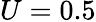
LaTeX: U=0.5